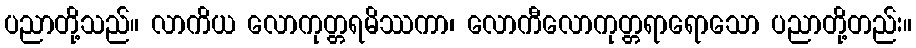
ပညာတို့သည်။ လာကိယ လောကုတ္တရမိဿကာ၊ လောကီလောကုတ္တရာရောသော ပညာတို့တည်း။